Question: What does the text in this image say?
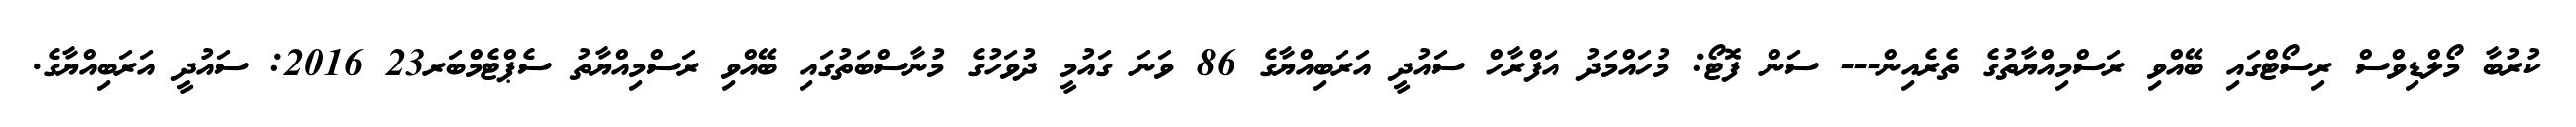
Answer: ކުރުބާ މޯލްޑިވްސް ރިސޯޓްގައި ބޭއްވި ރަސްމިއްޔާތުގެ ތެރެއިން--- ސަން ފޮޓޯ: މުހައްމަދު އަފްރާހް ސައުދީ އަރަބިއްޔާގެ 86 ވަނަ ގައުމީ ދުވަހުގެ މުނާސްބަތުގައި ބޭއްވި ރަސްމިއްޔާތު ސެޕްޓެމްބަރ23 2016: ސައުދީ އަރަބިއްޔާގެ.